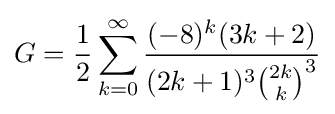
G={\frac {1}{2}}\sum _{k=0}^{\infty }{\frac {(-8)^{k}(3k+2)}{(2k+1)^{3}{\binom {2k}{k}}^{3}}}